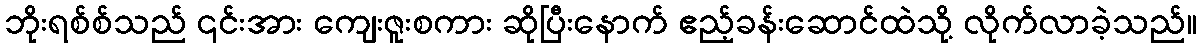
ဘိုးရစ်စ်သည် ၎င်းအား ကျေးဇူးစကား ဆိုပြီးနောက် ဧည့်ခန်းဆောင်ထဲသို့ လိုက်လာခဲ့သည်။